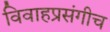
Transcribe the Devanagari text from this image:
विवाहप्रसंगीच